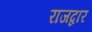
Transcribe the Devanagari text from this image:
राजद्वार